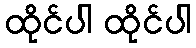
ထိုင်ပါ ထိုင်ပါ